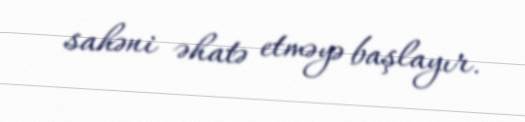
sahəni əhatə etməyə başlayır.